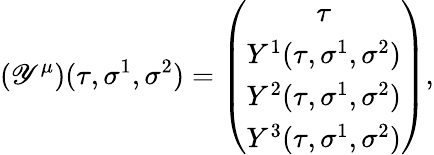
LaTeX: \left(\mathscr{Y}^{\mu}\right)(\tau,\sigma^{1},\sigma^{2})=\left(\begin{array}{c}{{\tau}}\\ {{Y^{1}(\tau,\sigma^{1},\sigma^{2})}}\\ {{Y^{2}(\tau,\sigma^{1},\sigma^{2})}}\\ {{Y^{3}(\tau,\sigma^{1},\sigma^{2})}}\end{array}\right),